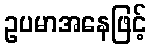
ဥပမာအနေဖြင့်